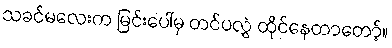
သခင်မလေးက မြင်းပေါ်မှ တင်ပလွှဲ ထိုင်နေတာတော့်။